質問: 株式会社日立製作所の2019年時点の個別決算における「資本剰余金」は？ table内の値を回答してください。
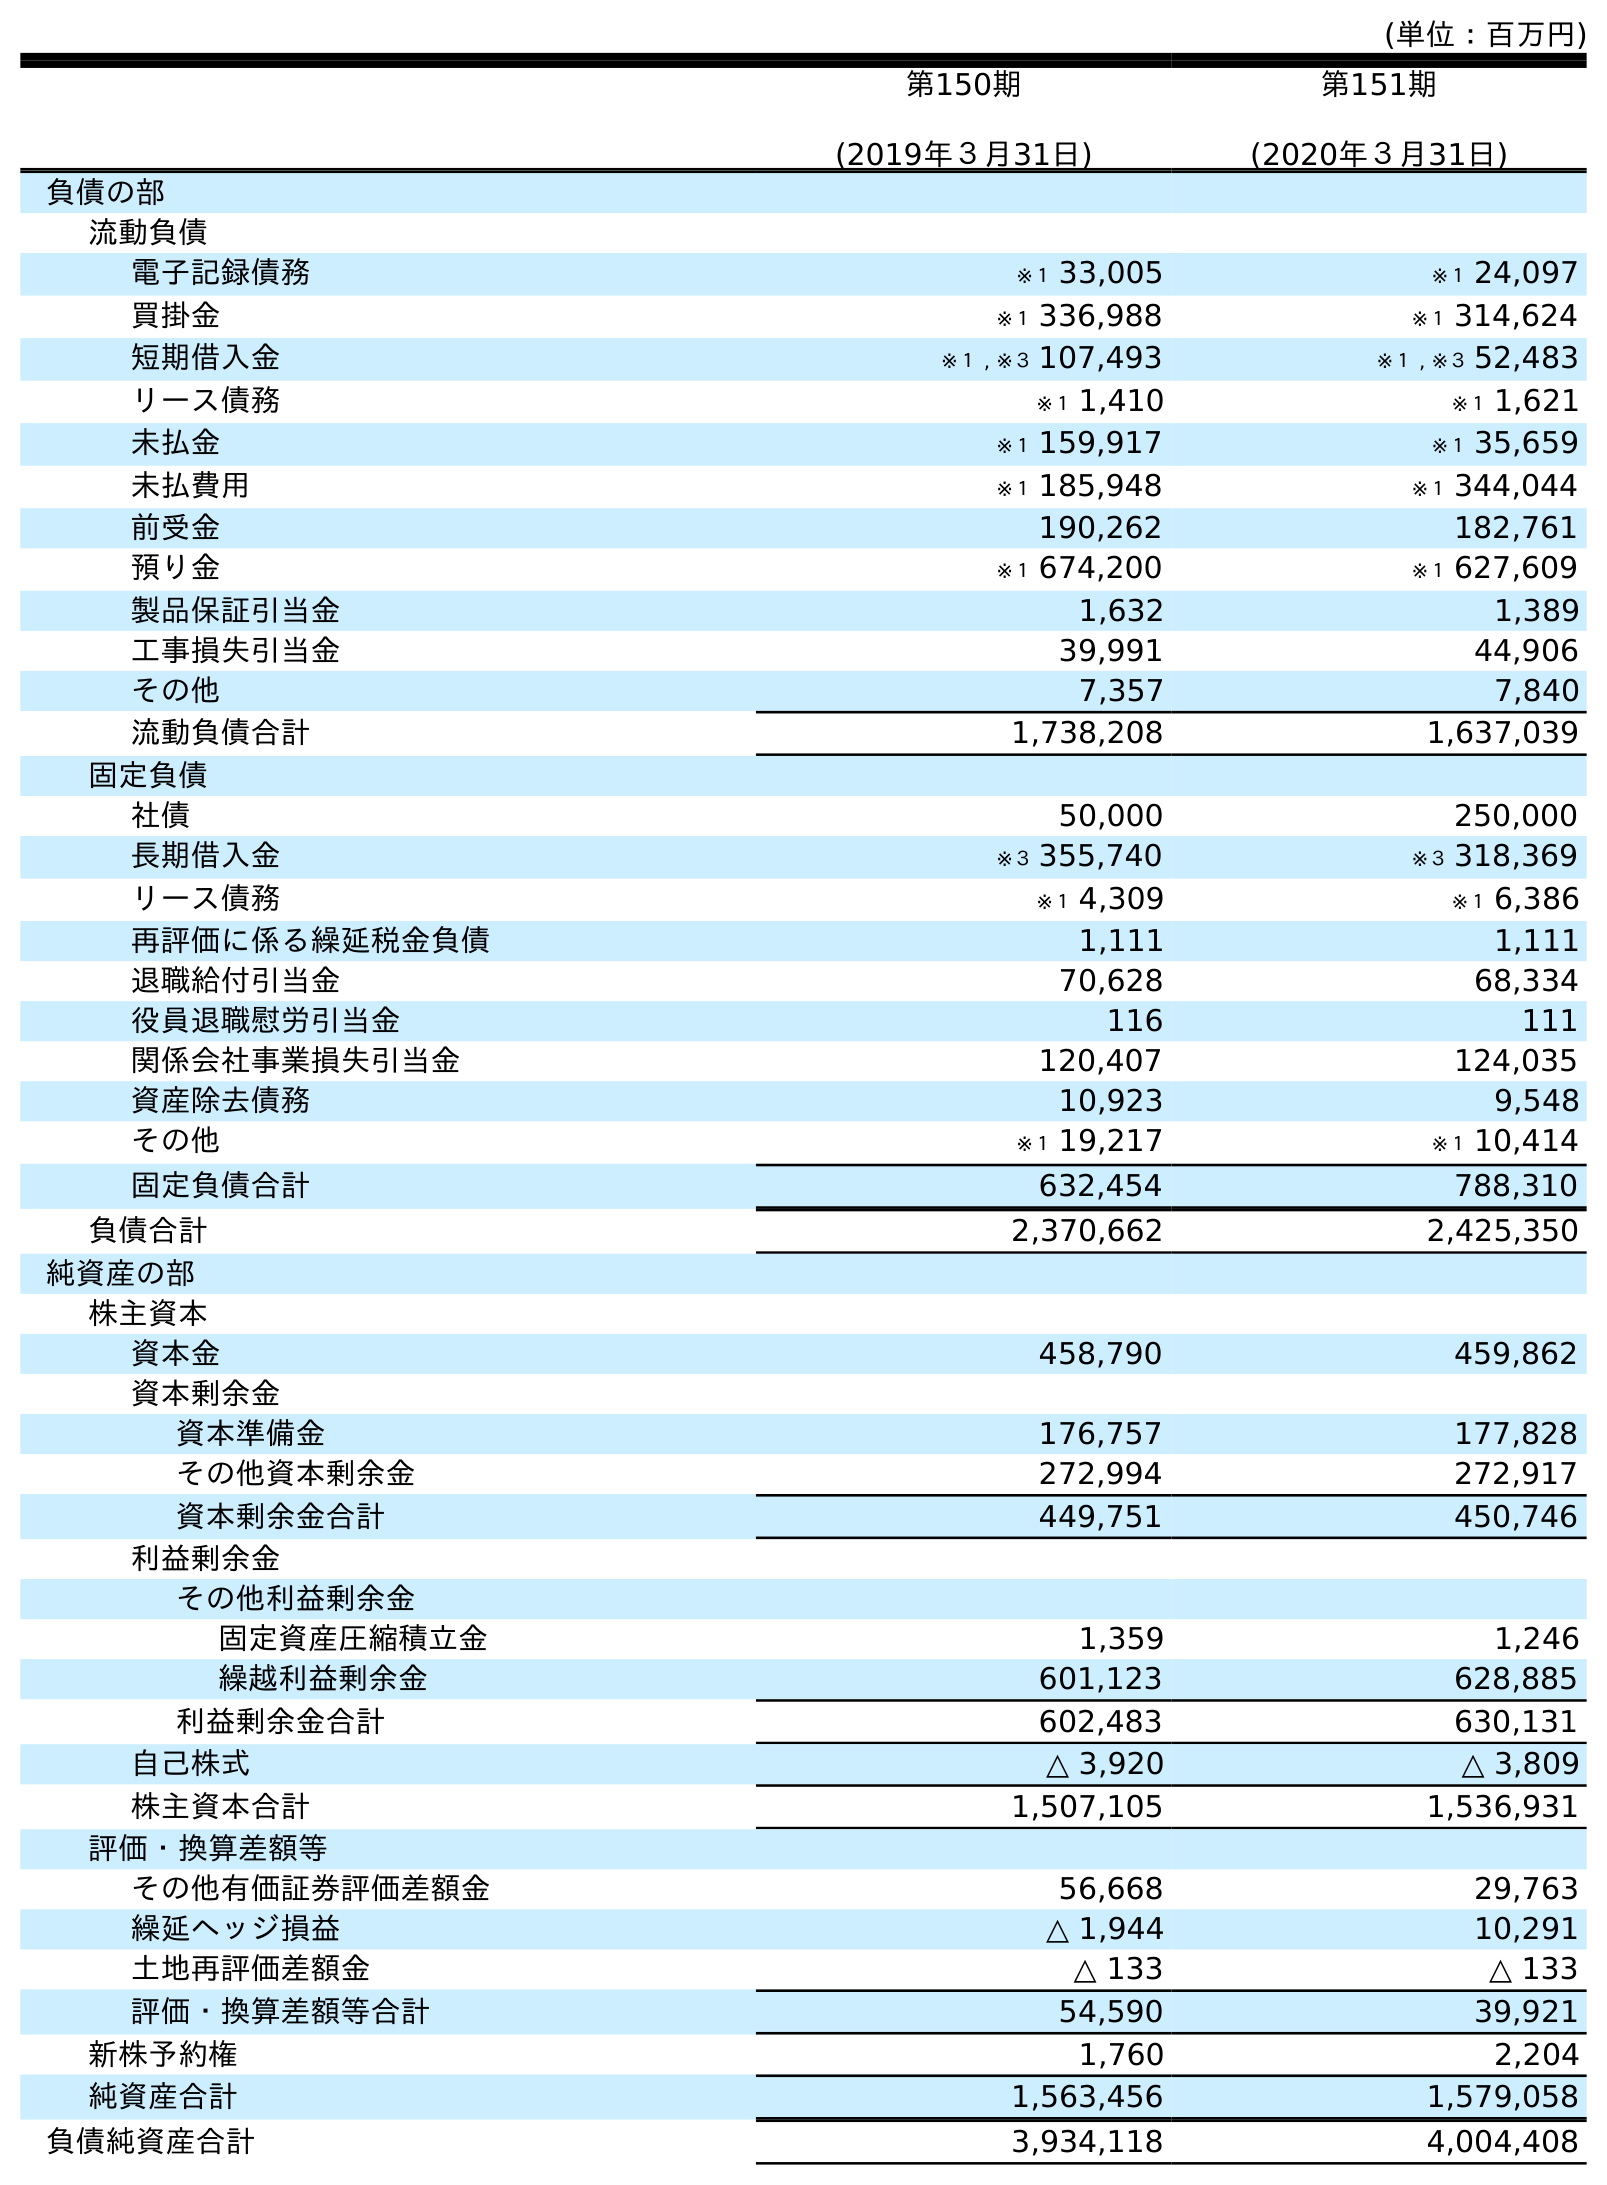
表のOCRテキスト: (単位：百万円) 第150期 (2019年３月31日) 第151期 (2020年３月31日) 負債の部 流動負債 電子記録債務 ※１ 33,005 ※１ 24,097 買掛金 ※１ 336,988 ※１ 314,624 短期借入金 ※１ , ※３ 107,493 ※１ , ※３ 52,483 リース債務 ※１ 1,410 ※１ 1,621 未払金 ※１ 159,917 ※１ 35,659 未払費用 ※１ 185,948 ※１ 344,044 前受金 190,262 182,761 預り金 ※１ 674,200 ※１ 627,609 製品保証引当金 1,632 1,389 工事損失引当金 39,991 44,906 その他 7,357 7,840 流動負債合計 1,738,208 1,637,039 固定負債 社債 50,000 250,000 長期借入金 ※３ 355,740 ※３ 318,369 リース債務 ※１ 4,309 ※１ 6,386 再評価に係る繰延税金負債 1,111 1,111 退職給付引当金 70,628 68,334 役員退職慰労引当金 116 111 関係会社事業損失引当金 120,407 124,035 資産除去債務 10,923 9,548 その他 ※１ 19,217 ※１ 10,414 固定負債合計 632,454 788,310 負債合計 2,370,662 2,425,350 純資産の部 株主資本 資本金 458,790 459,862 資本剰余金 資本準備金 176,757 177,828 その他資本剰余金 272,994 272,917 資本剰余金合計 449,751 450,746 利益剰余金 その他利益剰余金 固定資産圧縮積立金 1,359 1,246 繰越利益剰余金 601,123 628,885 利益剰余金合計 602,483 630,131 自己株式 △ 3,920 △ 3,809 株主資本合計 1,507,105 1,536,931 評価・換算差額等 その他有価証券評価差額金 56,668 29,763 繰延ヘッジ損益 △ 1,944 10,291 土地再評価差額金 △ 133 △ 133 評価・換算差額等合計 54,590 39,921 新株予約権 1,760 2,204 純資産合計 1,563,456 1,579,058 負債純資産合計 3,934,118 4,004,408
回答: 449,751